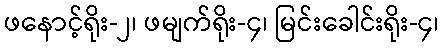
ဖနောင့်ရိုး-၂၊ ဖမျက်ရိုး-၄၊ မြင်းခေါင်းရိုး-၄၊